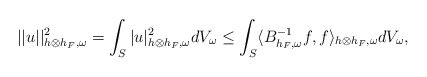
\begin{align*} ||u||^2_{h\otimes h_F,\omega}=\int_S|u|^2_{h\otimes h_F,\omega}dV_\omega\leq\int_S\langle B^{-1}_{h_F,\omega}f,f\rangle_{h\otimes h_F,\omega}dV_\omega, \end{align*}